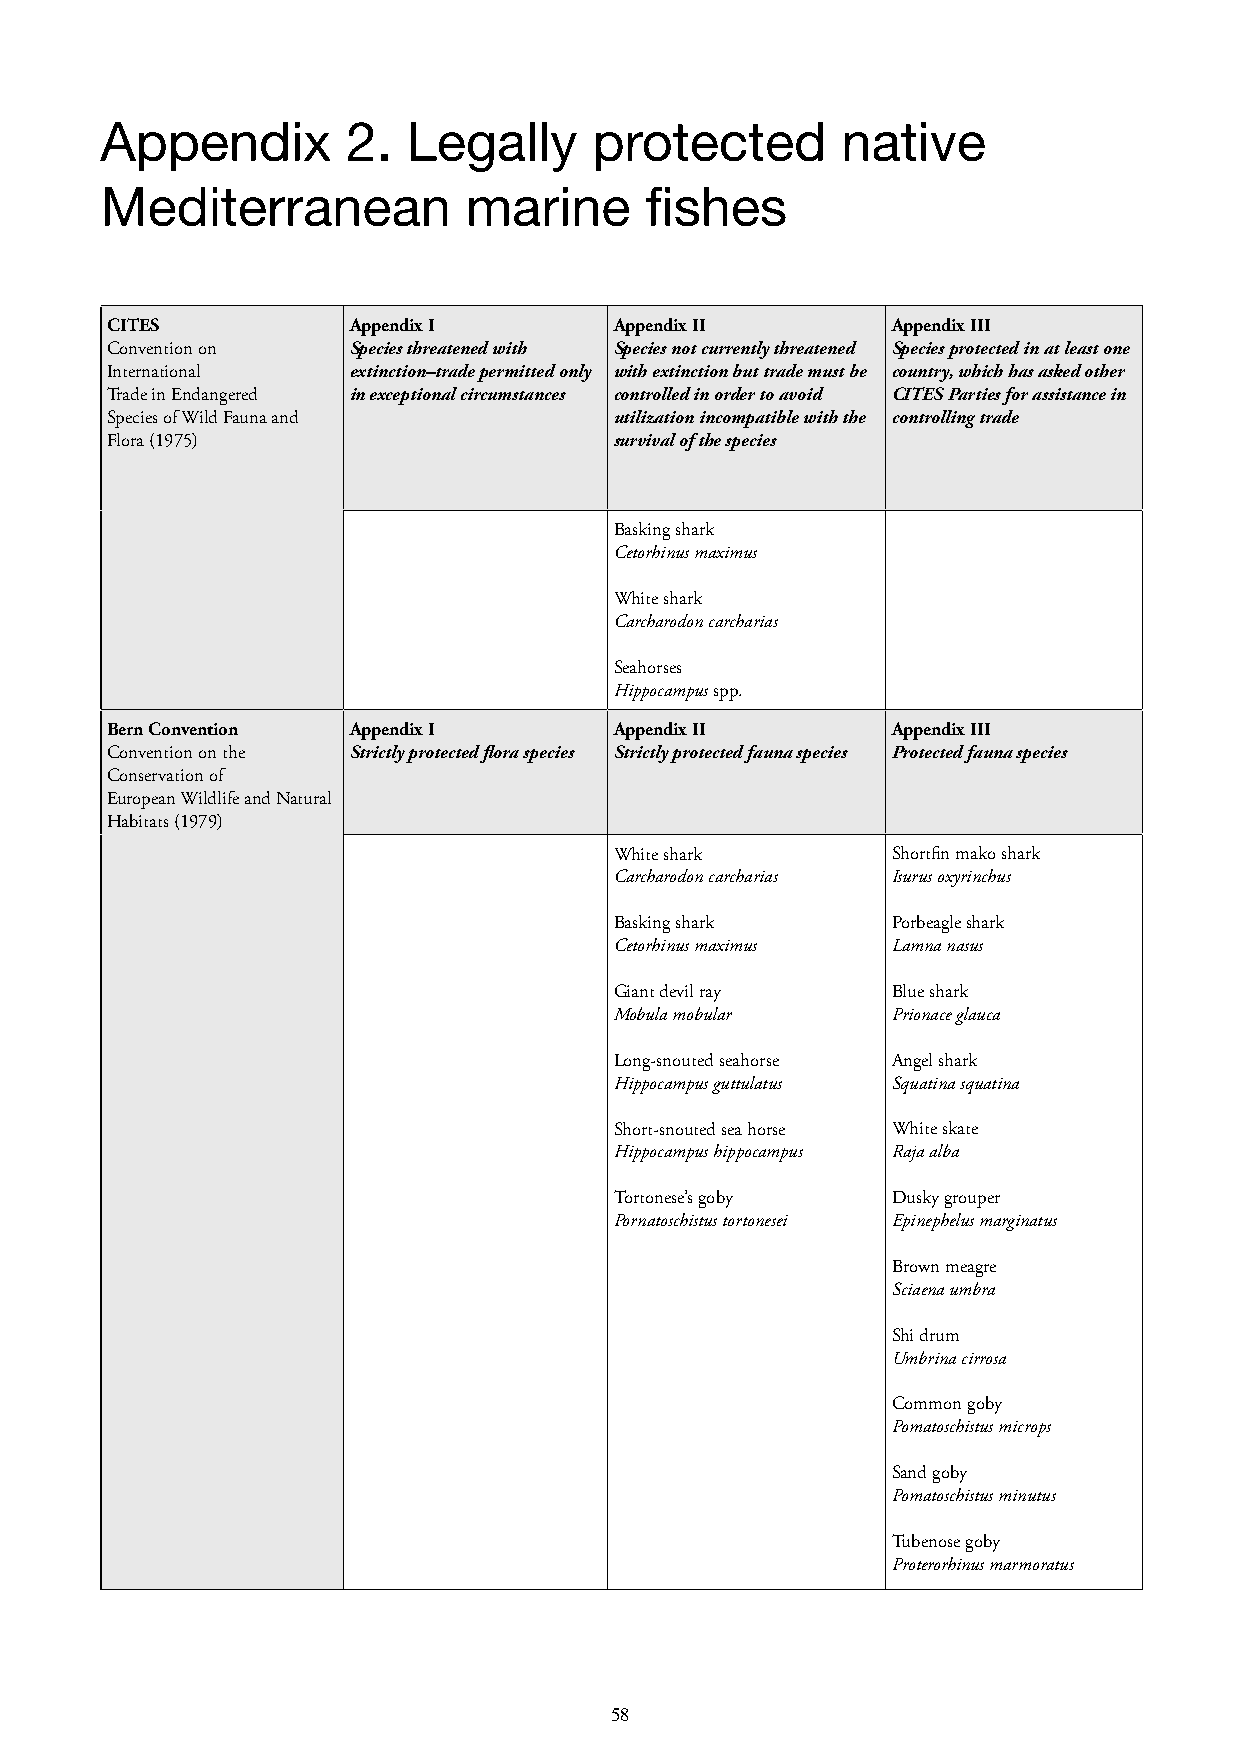
Appendix        2.  Legally     protected        native
 Mediterranean           marine      fishes
 CITES           Appendix I        Appendix II       Appendix III
 Convention on   Species threatened with Species not currently threatened Species protected in at least one
 International   extinction–trade permitted only with extinction but trade must be country, which has asked other
 Trade in Endangered in exceptional circumstances controlled in order to avoid CITES Parties for assistance in
 Species of Wild Fauna and         utilization incompatible with the controlling trade
 Flora (1975)                      survival of the species
 Basking shark
 Cetorhinus maximus
 White shark
 Carcharodon carcharias
 Seahorses
 Hippocampus spp.
 Bern Convention Appendix I        Appendix II       Appendix III
 Convention on the Strictly protected flora species Strictly protected fauna species Protected fauna species
 Conservation of
 European Wildlife and Natural
 Habitats (1979)
 White shark       Shortfin mako shark
 Carcharodon carcharias Isurus oxyrinchus
 Basking shark     Porbeagle shark
 Cetorhinus maximus Lamna nasus
 Giant devil ray   Blue shark
 Mobula mobular    Prionace glauca
 Long-snouted seahorse Angel shark
 Hippocampus guttulatus Squatina squatina
 Short-snouted sea horse White skate
 Hippocampus hippocampus Raja alba
 Tortonese’s goby  Dusky grouper
 Pornatoschistus tortonesei Epinephelus marginatus
 Brown meagre
 Sciaena umbra
 Shi drum
 Umbrina cirrosa
 Common goby
 Pomatoschistus microps
 Sand goby
 Pomatoschistus minutus
 Tubenose goby
 Proterorhinus marmoratus
 57                                      58